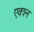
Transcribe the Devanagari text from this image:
एक्श्‍न